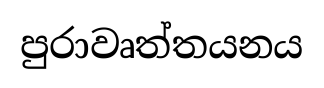
පුරාවෘත්තයනය